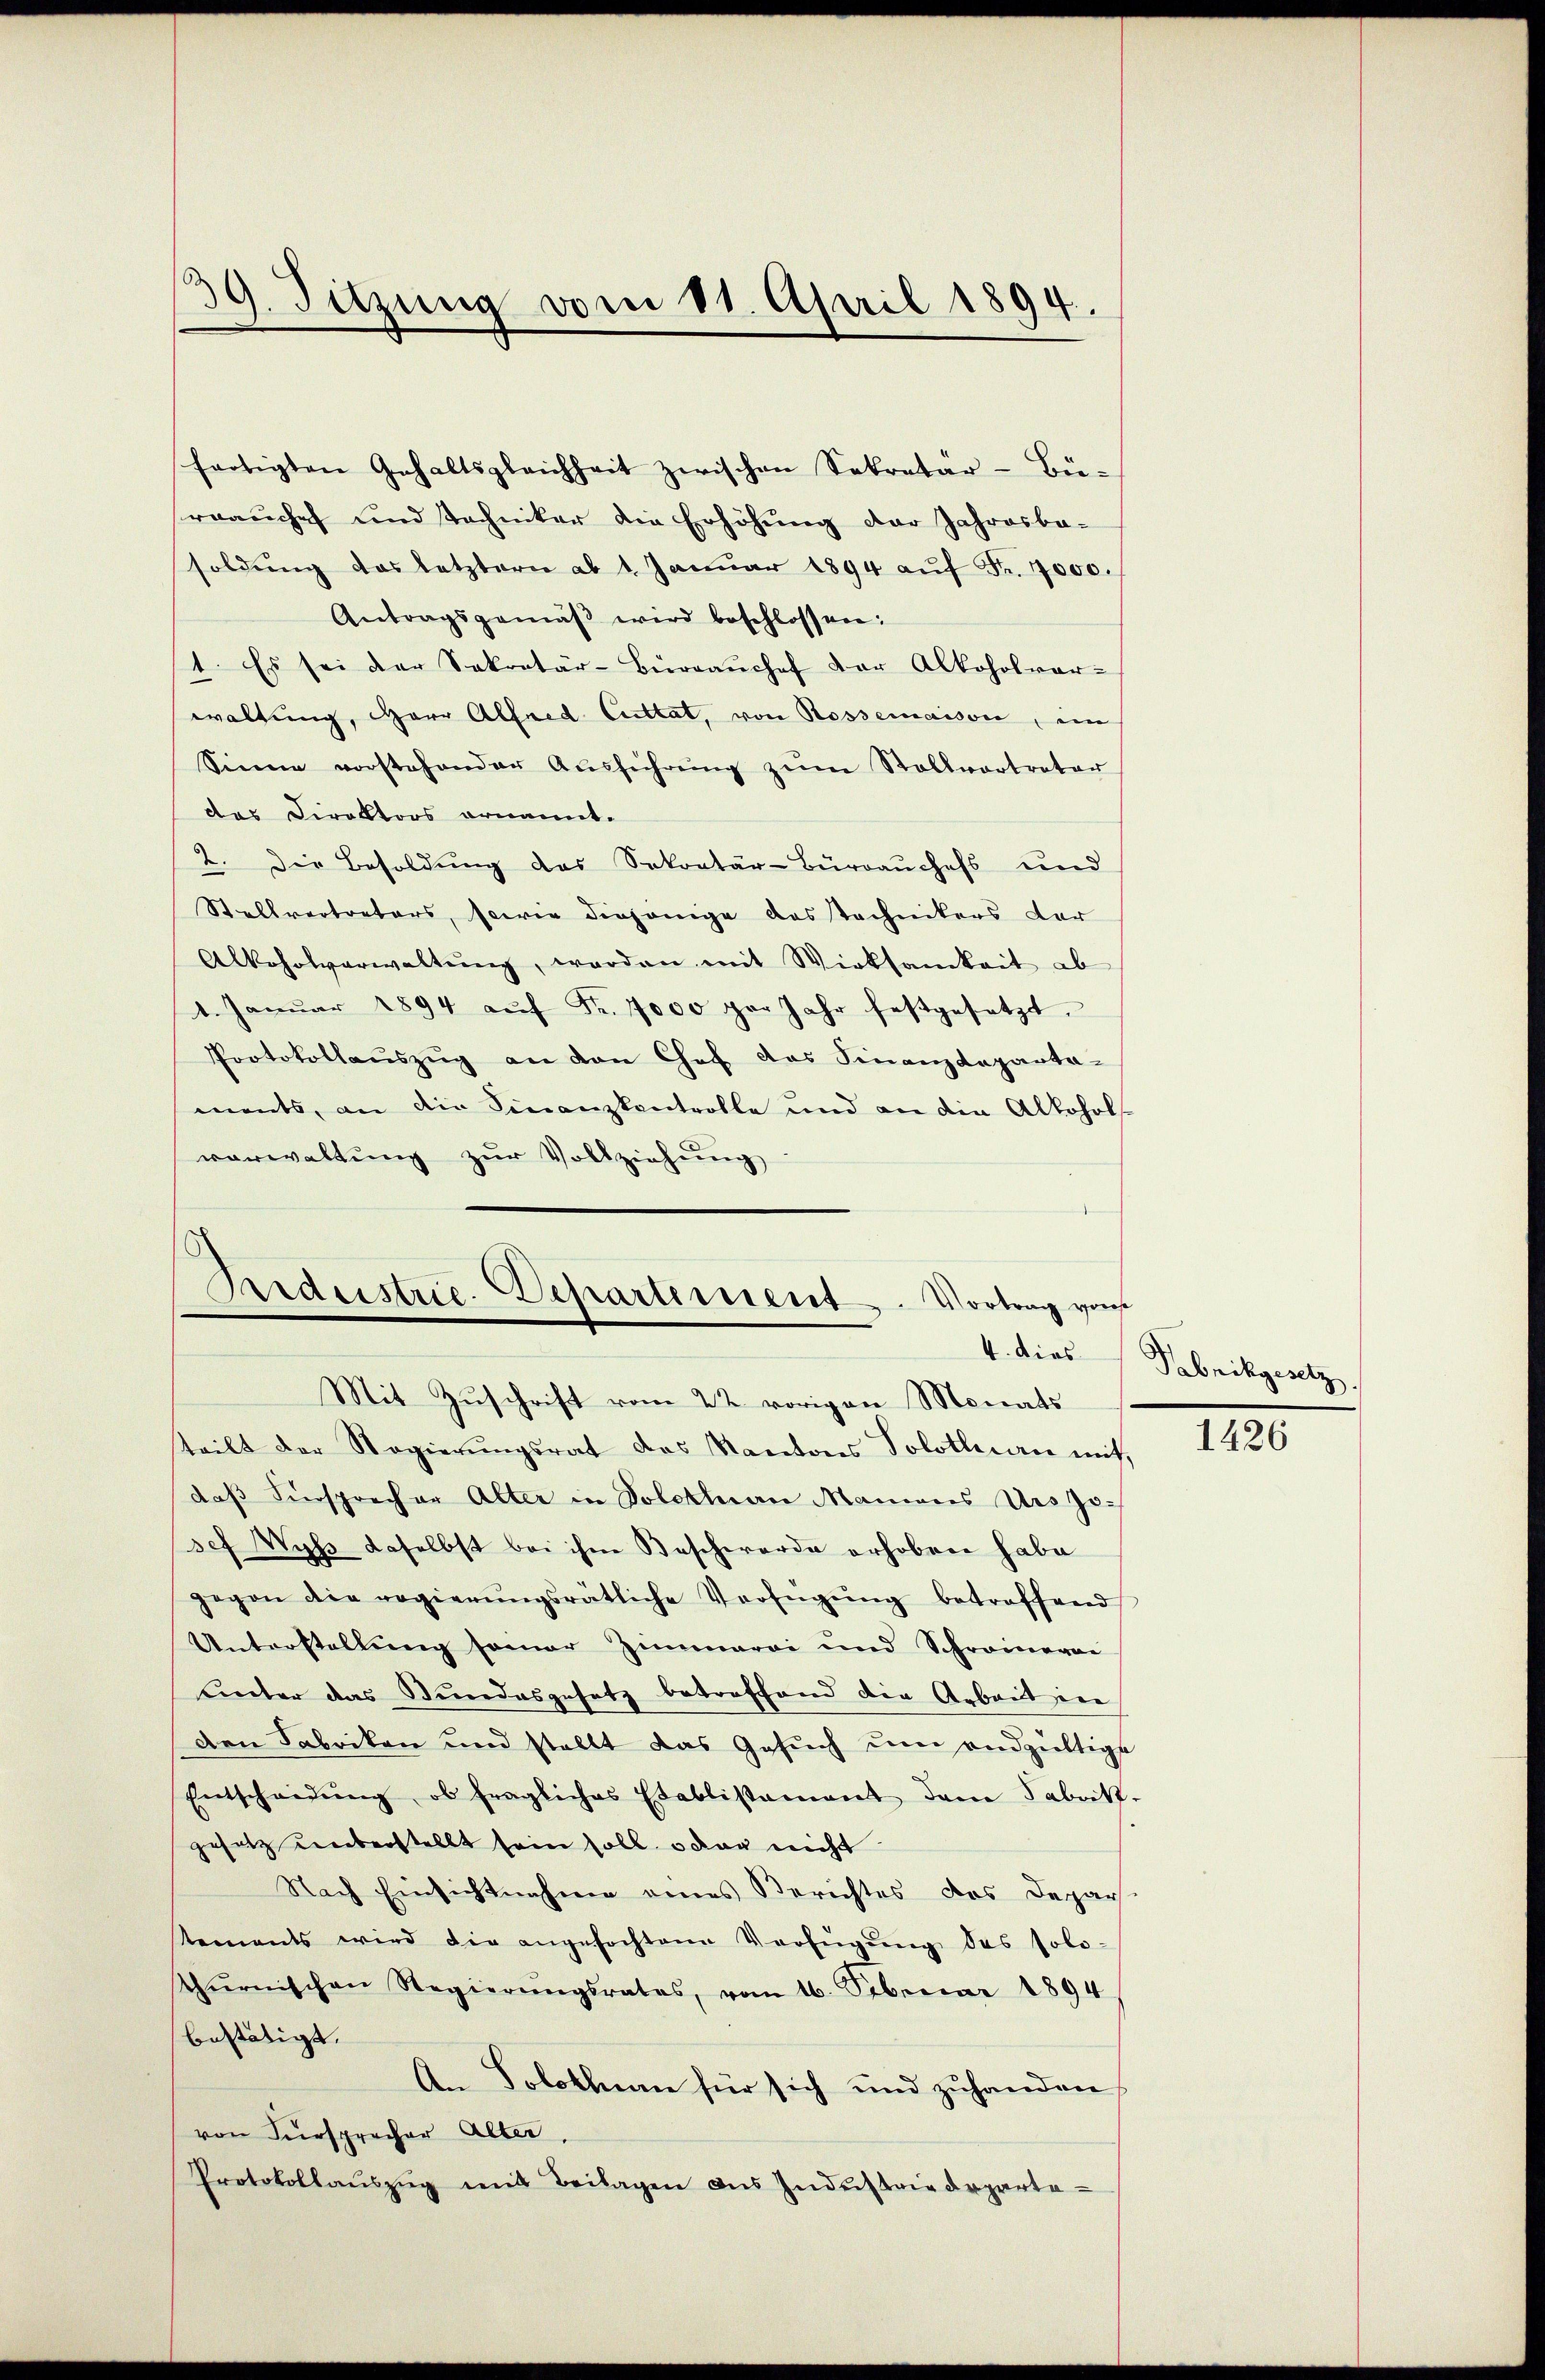
39. Sitzung vom 11. April 1894.

fertigten Gehaltsgleichheit zwischen Sekretär-Bü-
rrauches und Techniker die Erhöhung der Jahresbe-
soldŭng das letztern ab 1. Janŭar 1894 aŭf Fr. 7000.
Antragsgemäβ wird beschlossen:
1. Es sei der Sekretär-Büreaŭchef der Alkoholver-
waltung, Herr Alfred Cultat, von Rossemaison, ein
Sinne vorstehender Aŭsführŭng zŭm Stollvertreter
das Direktors ornannt.
2. Die Besoldŭng des Sekretär-Büreaŭchefs und
Stellvertreters, sowie diejenige das technikers der
Alkoholverwaltŭng, werden mit Wirksamkeit ab
1. Janŭar 1894 aŭf Fr. 1000 per Jahr festgesetzt.
Protokollaŭszŭg an den Chef das Finanzdeparta-
ments, an die Finanzkontrolle und an die Alkohol
verwaltŭng zŭr Vollziehŭng

Srdustrie-Departement. Vortrag vo
Mit Zuschrift vom 22. vorigen Monats

teilt der Regierŭngsrat des Kantons Solothurn mit,
daβ Fürsprecher Alter in Solothurn Maniens Urs Josef Wyss daselbst bei ihm Beschwerde erhoben habe
gegen die regierŭngsrätliche Verfügŭng betreffend
Unterstellung seiner Zimmervi und Schreinerei
unter das Stundesgesetz betreffend die Arbeit in
den Fabrikon und stellt das Gesuch um endgültige
Entscheidŭng, ob fragliches Etablistament dem Fabrik-
gesetz unterstellt sein soll, oder nicht
Nach Einsichtnahme eines Berichtes des Depar-
tements wird die angefochtene Verfügŭng des solo-
thurnischen Regierŭngsrates, vom 16. Februar 1894
bestätigt.
An Solothurn für sich und zuhanden
von Fürsprecher Alter,
Protokollaŭszŭg mit Beilagen des Indŭstrigdeparta-

os
4. dies Fabrikgesetz

1426